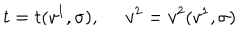
t = t ( v ^ { 1 } , \sigma ) , \ \; v ^ { 2 } = v ^ { 2 } ( v ^ { 1 } , \sigma )